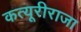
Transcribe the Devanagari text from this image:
कत्यूरीराजा